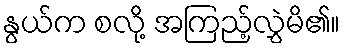
နွယ်က စလို့ အကြည့်လွှဲမိ၏။